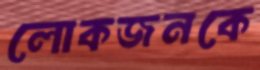
লোকজনকে